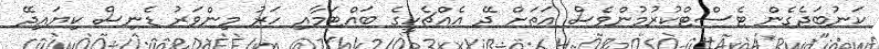
ކަނުބަދެގެން ޓެސްޓްކުރުމުންވެސް އަތަށް ދޭ އެއްޗެހީގެ ބައްޓަމާއި ހަރު މިންވަރު ޑެނިސް ކިޔައިދޭ